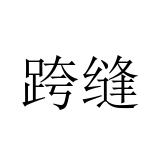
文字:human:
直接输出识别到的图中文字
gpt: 跨缝